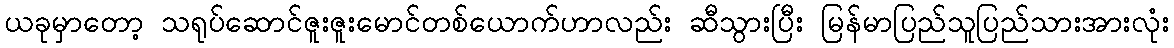
ယခုမှာတော့ သရုပ်ဆောင်ဇူးဇူးမောင်တစ်ယောက်ဟာလည်း ဆီသွားပြီး မြန်မာပြည်သူပြည်သားအားလုံး